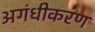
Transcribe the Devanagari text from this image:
अगंधीकरण